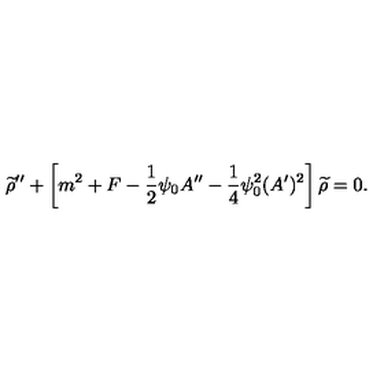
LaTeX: { \widetilde \rho } ^ { \prime \prime } + \left[ m ^ { 2 } + F - { \frac { 1 } { 2 } } \psi _ { 0 } A ^ { \prime \prime } - { \frac { 1 } { 4 } } \psi _ { 0 } ^ { 2 } ( A ^ { \prime } ) ^ { 2 } \right] { \widetilde \rho } = 0 .